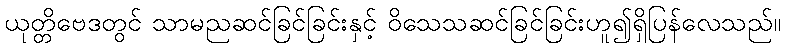
ယုတ္တိဗေဒတွင် သာမညဆင်ခြင်ခြင်းနှင့် ဝိသေသဆင်ခြင်ခြင်းဟူ၍ရှိပြန်လေသည်။